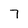
Character: 7